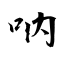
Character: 呐